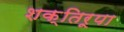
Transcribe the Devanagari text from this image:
शक्तिरूपा